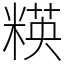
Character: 䊔